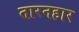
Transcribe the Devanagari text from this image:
तारनहार